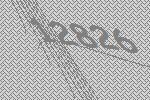
12826